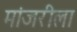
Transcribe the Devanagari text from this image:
मांजरीला